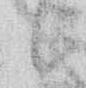
々